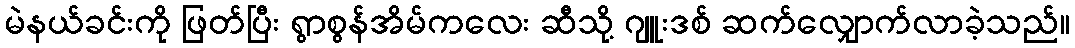
မဲနယ်ခင်းကို ဖြတ်ပြီး ရွာစွန်အိမ်ကလေး ဆီသို့ ဂျူးဒစ် ဆက်လျှောက်လာခဲ့သည်။